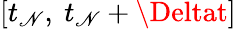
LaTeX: \left[{{t}_{\mathscr{N}}},\ {{t}_{\mathscr{N}}}+\Deltat\right]